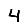
Digit: 4